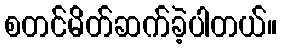
စတင်မိတ်ဆက်ခဲ့ပါတယ်။